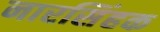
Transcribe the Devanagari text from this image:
नारसिंहक